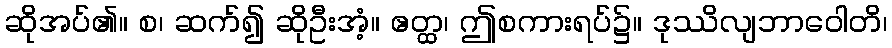
ဆိုအပ်၏။ စ၊ ဆက်၍ ဆိုဦးအံ့။ ဧတ္ထ၊ ဤစကားရပ်၌။ ဒုဿိလျဘာဝေါတိ၊